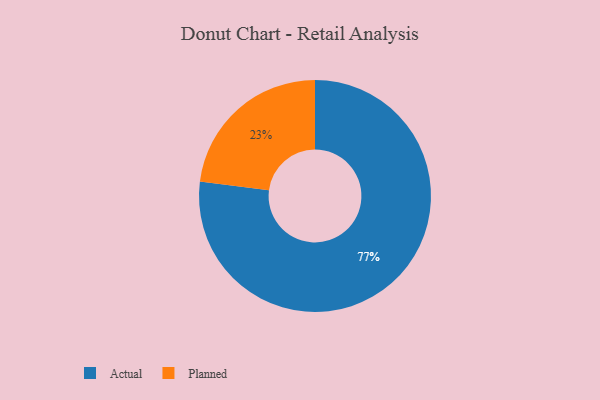
{"axis": {"x": "Category", "y": "Percentage"}, "legend": ["Actual", "Planned"], "data": [{"x": "Planned", "y": 23, "type": "Planned"}, {"x": "Actual", "y": 77, "type": "Actual"}]}